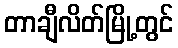
တာချီလိတ်မြို့တွင်